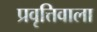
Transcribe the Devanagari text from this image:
प्रवृत्तिवाला